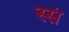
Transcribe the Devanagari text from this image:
स्सं